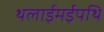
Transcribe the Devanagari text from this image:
थलाईमईपथि